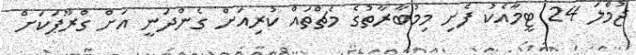
ޖުމްލަ 24 ޓީމާއެކު ފެށި މިމުބާރާތުގެ މެޗްތައް ކުރިއަށް ގެންދަނީ އަށް ގްރޫޕަކަށް